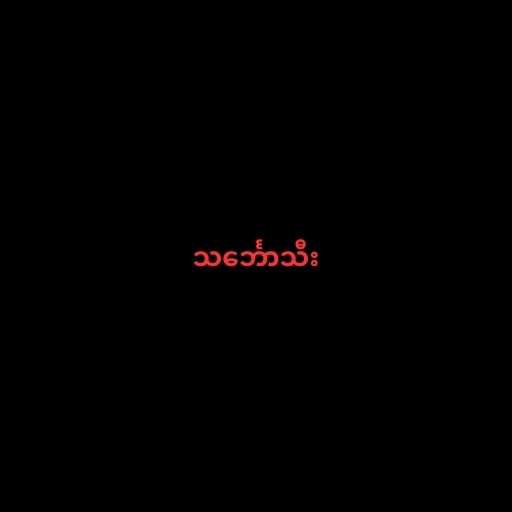
သင်္ဘောသီး